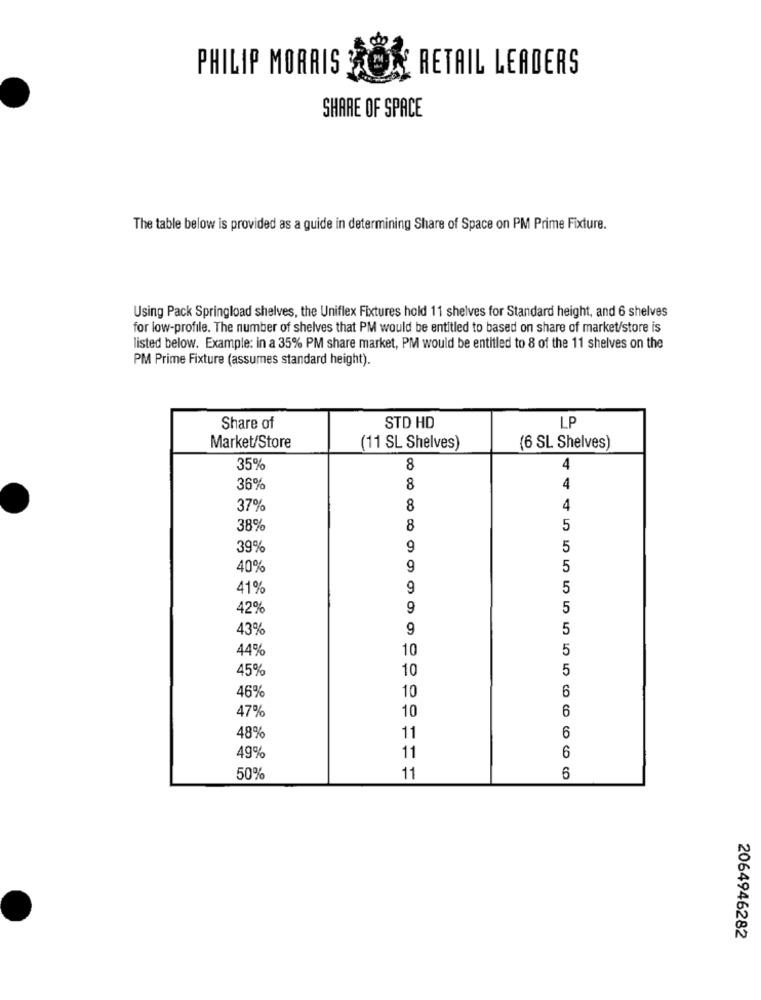
PHILIP MORRIS
RETAIL LEADERS
SHARE OF SPACE
The table below is provided as a guide in determining Share of Space on PM Prime Fixture.
Using Pack Springload shelves, the Uniflex Fixtures hold 11 shelves for Standard height, and 6 shelves
for low-profile. The number of shelves that PM would be entitled to based on share of market/store is
listed below. Example: in a 35% PM share market, PM would be entitled to 8 of the 11 shelves on the
PM Prime Fixture (assumes standard height).
Share of
STD HD
LP
Market/Store
(11 SL Shelves)
(6 SL Shelves)
35%
8
4
4
36%
8
37%
8
4
38%
8
5
39%
9
5
40%
9
5
41%
9
5
42%
9
5
43%
9
5
44%
10
5
45%
10
5
10
6
46%
10
6
47%
6
48%
11
6
49%
11
50%
11
6
2064946282